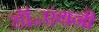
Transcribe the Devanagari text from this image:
डॉ॰एंथनी